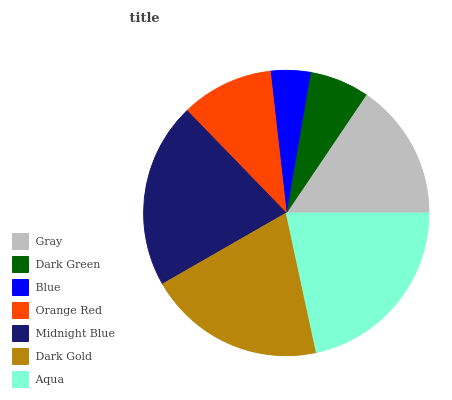
| Gray | Dark Green | Blue | Orange Red | Midnight Blue | Dark Gold | Aqua |
 | --- | --- | --- | --- | --- | --- | --- |
 | 15.6% | 6.75% | 4.49% | 10.5% | 21% | 20.1% | 21.7% |